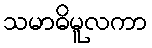
သမာဓိမူလကာ